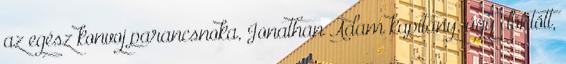
az egész konvoj parancsnoka, Jonathan Adam kapitány, úgy döntött,